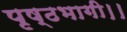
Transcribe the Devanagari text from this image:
पृष्ठभागी।।